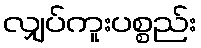
လျှပ်ကူးပစ္စည်း